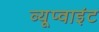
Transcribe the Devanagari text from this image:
व्यूप्वाइंट